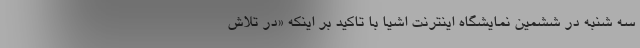
سه شنبه در ششمین نمایشگاه اینترنت اشیا با تاکید بر اینکه «در تلاش